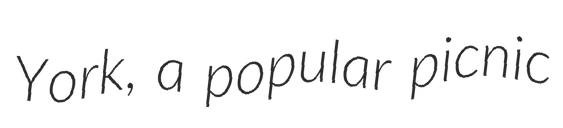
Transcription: York, a popular picnic